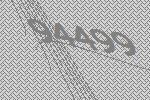
94499